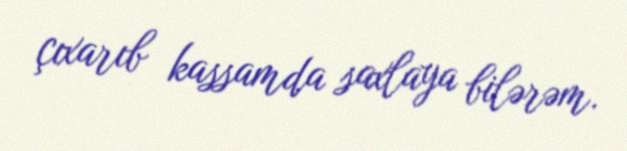
çıxarıb kassamda saxlaya bilərəm.